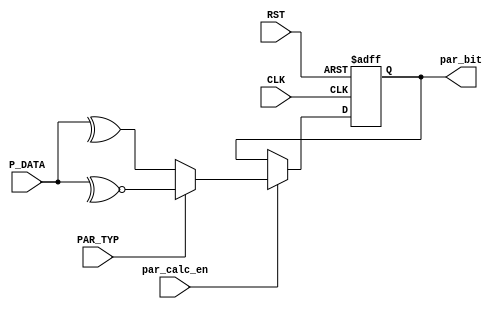
module parity_calc #( parameter DATA_WIDTH = 8)
(
input   wire                       CLK,
input   wire                       RST,
input   wire    [DATA_WIDTH-1:0]   P_DATA,
input   wire                       PAR_TYP,
input   wire                       par_calc_en,
output  wire                       par_bit
);

// Internal signal
reg     par_bit_r ;

always @(posedge CLK or negedge RST)
    begin
        if (!RST)
            begin
                par_bit_r <= 1'b1 ;
            end
        else if(par_calc_en)                  // Calculate the Parity
            begin
                // 1 is odd parity : 0 is even parity
                par_bit_r <= PAR_TYP ? ~^P_DATA : ^P_DATA ;
            end
    end

assign  par_bit = par_bit_r ;

endmodule